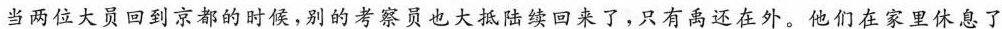
当两位大员回到京都的时候，别的考察员也大抵陆续回来了，只有禹还在外。他们在家里休息了